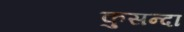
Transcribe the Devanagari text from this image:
कुसन्दा